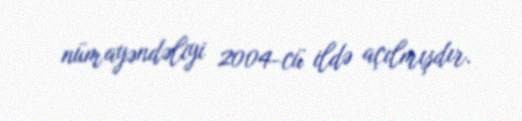
nümayəndəliyi 2004-cü ildə açılmışdır.